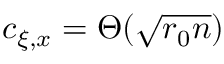
c _ { \xi , x } = \Theta ( \sqrt { r _ { 0 } n } )